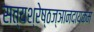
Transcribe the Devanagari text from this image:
सत्यश्रेष्ठज्ञानदायकम